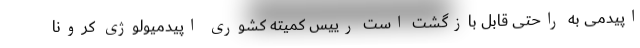
اپیدمی به‌ راحتی قابل بازگشت است رییس کمیته کشوری اپیدمیولوژی کرونا